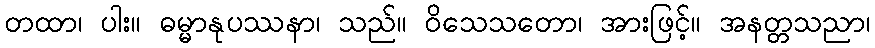
တထာ၊ ပါး။ ဓမ္မာနုပဿနာ၊ သည်။ ဝိသေသတော၊ အားဖြင့်။ အနတ္တသညာ၊